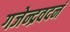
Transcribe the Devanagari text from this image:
गजेन्द्रवदनं